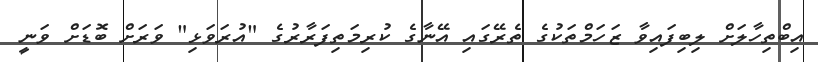
އިބްތިހާލަށް ލިބިފައިވާ ޒަހަމްތަކުގެ ތެރޭގައި އޭނާގެ ކުރިމަތިފަރާރުގެ "އުރަވަޅި" ވަރަށް ބޮޑަށް ވަނީ